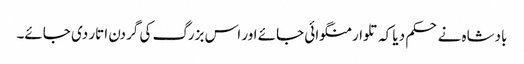
بادشاہ نے حکم دیا کہ تلوار منگوائی جائے اور اس بزرگ کی گردن اتار دی جائے۔